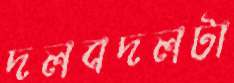
দলবদলটা